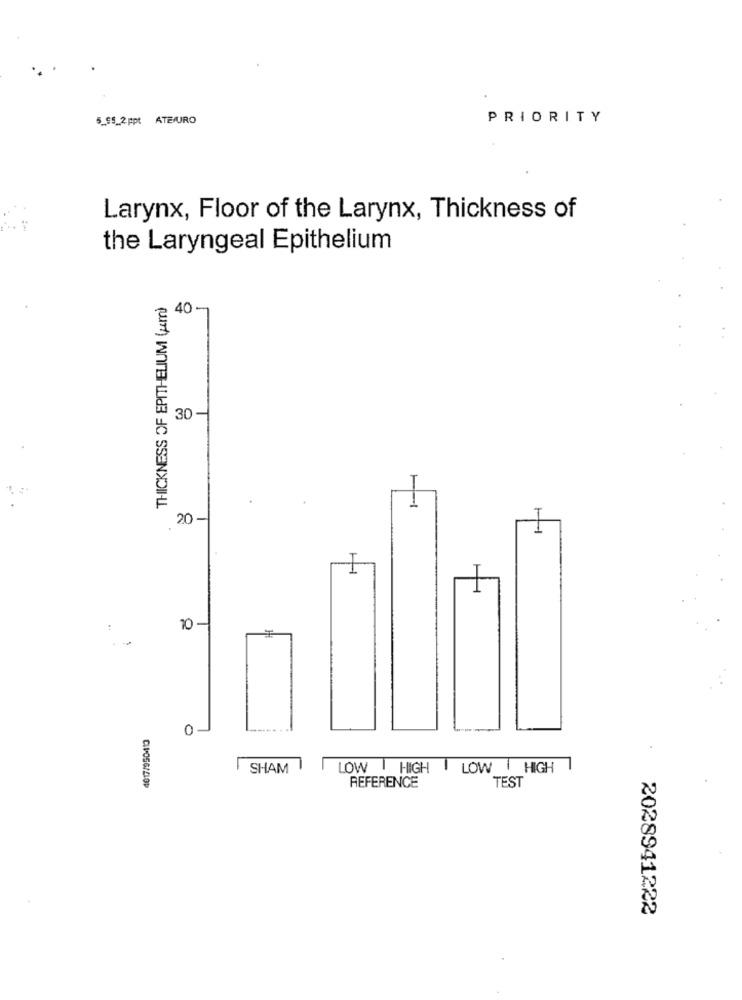
5_95_2ppt ATE/URO
PRIORITY
Larynx, Floor of the Larynx, Thickness of
the Laryngeal Epithelium
THICKNESS OF EPITHELIUM (um)
40-
30-
20 -
1
1
10 -
0 -
SHAM
LOW | HIGH | LOW | HIGH
REFERENCE
TEST
2028941222